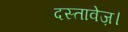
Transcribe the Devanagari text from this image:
दस्तावेज़।